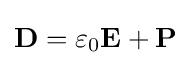
\mathbf {D} =\varepsilon _{0}\mathbf {E} +\mathbf {P}